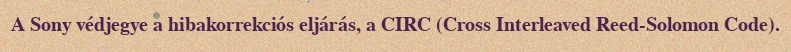
A Sony védjegye a hibakorrekciós eljárás, a CIRC (Cross Interleaved Reed-Solomon Code).